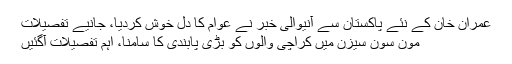
عمران خان کے نئے پاکستان سے آنیوالی خبر نے عوام کا دل خوش کردیا، جانیے تفصیلات
مون سون سیزن میں کراچی والوں کو بڑی پابندی کا سامنا، اہم تفصیلات آگئیں